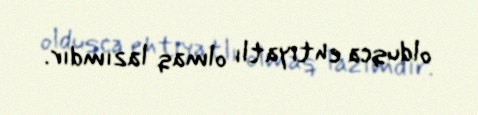
olduqca ehtiyatlı olmaq lazımdır.